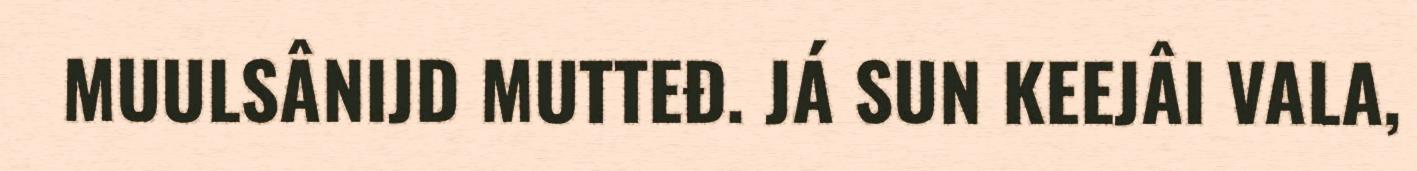
MUULSÂNIJD MUTTEĐ. JÁ SUN KEEJÂI VALA,